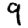
Digit: 9